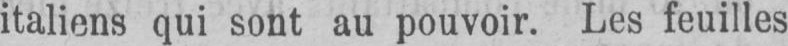
italiens qui sont au pouvoir. Les feuilles